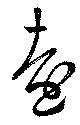
遠